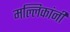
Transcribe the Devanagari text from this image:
मल्लिकांनी